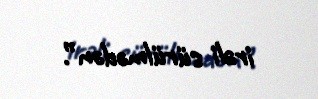
irəli sürülmədən”.